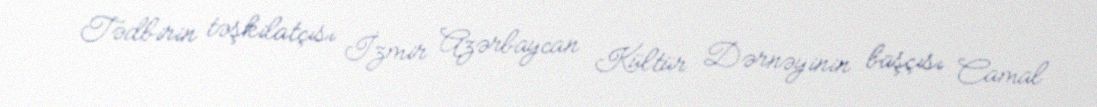
Tədbirin təşkilatçısı İzmir Azərbaycan Kültür Dərnəyinin başçısı Camal